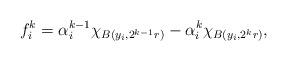
LaTeX: \begin{align*}f_{i}^{k} = \alpha_{i}^{k-1} \chi_{B(y_{i},2^{k-1}r)} - \alpha_{i}^{k} \chi_{B(y_{i},2^{k}r)},\end{align*}